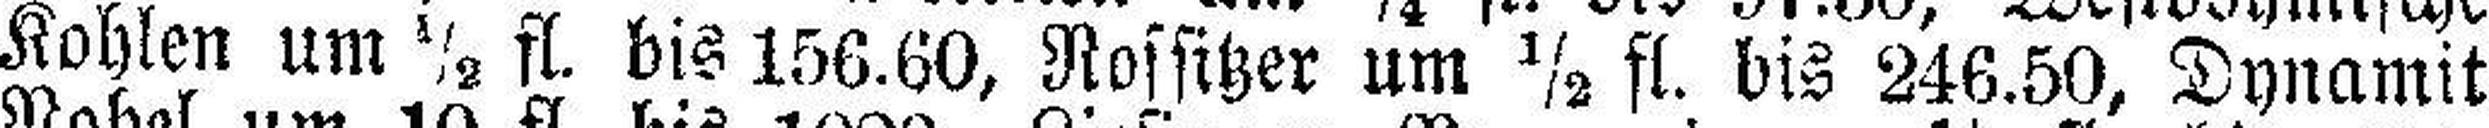
Kohlen um ½ fl. bis 156.60, Nossitzer um ½ fl. bis 246.50, Dynamit